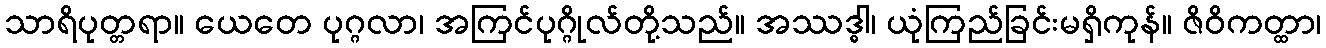
သာရိပုတ္တရာ။ ယေတေ ပုဂ္ဂလာ၊ အကြင်ပုဂ္ဂိုလ်တို့သည်။ အဿဒ္ဓါ၊ ယုံကြည်ခြင်းမရှိကုန်။ ဇိဝိကတ္ထာ၊